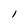
Character: l